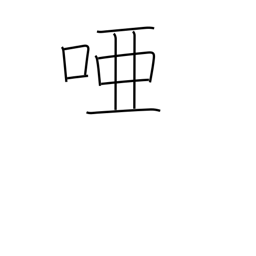
Meaning: dumb